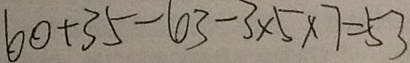
6 0 + 3 5 - 6 3 - 3 \times 5 \times 7 = 5 3